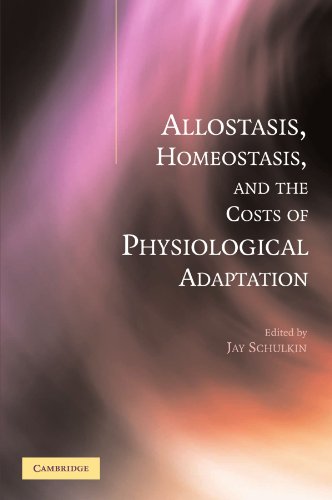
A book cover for Allostasis, Homeostasis, and the Costs of Physiological Adaptation; Science & Math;